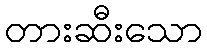
တားဆီးသော